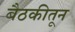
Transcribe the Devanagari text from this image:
बैठकीतून